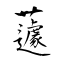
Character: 蘧